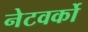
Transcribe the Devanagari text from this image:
नेटवर्को